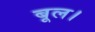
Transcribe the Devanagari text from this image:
बूल।